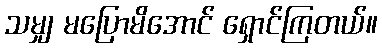
သမျှ မပြောမိအောင် ရှောင်ကြတယ်။